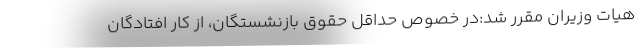
هیات وزیران مقرر شد:در خصوص حداقل حقوق بازنشستگان، از کار افتادگان